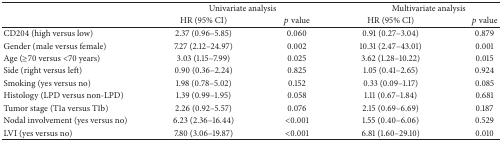
<table><thead><tr><td rowspan="2"><b> </b></td><td colspan="2"><b>Univariate analysis</b></td><td colspan="2"><b>Multivariate analysis</b></td></tr><tr><td><b>HR (95% CI)</b></td><td><b><i>p</i> value</b></td><td><b>HR (95% CI)</b></td><td><b><i>p</i> value</b></td></tr></thead><tbody><tr><td>CD204 (high versus low)</td><td>2.37 (0.96–5.85)</td><td>0.060</td><td>0.91 (0.27–3.04)</td><td>0.879</td></tr><tr><td>Gender (male versus female)</td><td>7.27 (2.12–24.97)</td><td>0.002</td><td>10.31 (2.47–43.01)</td><td>0.001</td></tr><tr><td>Age (≥70 versus &lt;70 years)</td><td>3.03 (1.15–7.99)</td><td>0.025</td><td>3.62 (1.28–10.22)</td><td>0.015</td></tr><tr><td>Side (right versus left)</td><td>0.90 (0.36–2.24)</td><td>0.825</td><td>1.05 (0.41–2.65)</td><td>0.924</td></tr><tr><td>Smoking (yes versus no)</td><td>1.98 (0.78–5.02)</td><td>0.152</td><td>0.33 (0.09–1.17)</td><td>0.085</td></tr><tr><td>Histology (LPD versus non-LPD)</td><td>1.39 (0.99–1.95)</td><td>0.058</td><td>1.11 (0.67–1.84)</td><td>0.681</td></tr><tr><td>Tumor stage (T1a versus T1b)</td><td>2.26 (0.92–5.57)</td><td>0.076</td><td>2.15 (0.69–6.69)</td><td>0.187</td></tr><tr><td>Nodal involvement (yes versus no)</td><td>6.23 (2.36–16.44)</td><td>&lt;0.001</td><td>1.55 (0.40–6.06)</td><td>0.529</td></tr><tr><td>LVI (yes versus no)</td><td>7.80 (3.06–19.87)</td><td>&lt;0.001</td><td>6.81 (1.60–29.10)</td><td>0.010</td></tr></tbody></table>